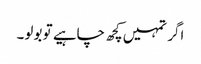
اگر تمہیں کچھ چاہیے تو بولو۔